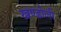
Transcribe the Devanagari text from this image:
खण्डोली